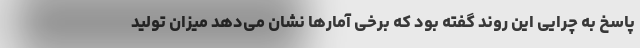
پاسخ به چرایی این روند گفته بود که برخی آمارها نشان می‌دهد میزان تولید